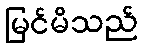
မြင်မိသည်